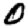
Digit: 0